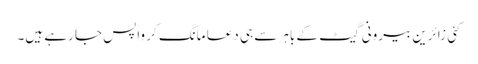
کئی زائرین بیرونی گیٹ کے باہر سے ہی دعا مانگ کر واپس جا رہے ہیں۔